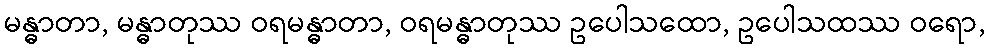
မန္ဓာတာ, မန္ဓာတုဿ ဝရမန္ဓာတာ, ဝရမန္ဓာတုဿ ဥပေါသထော, ဥပေါသထဿ ဝရော,